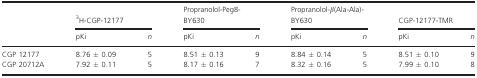
<table><thead><tr><td rowspan="2"></td><td colspan="2"><b><sup>3</sup>H‐CGP‐12177</b></td><td colspan="2"><b>Propranolol‐Peg8‐BY630</b></td><td colspan="2"><b>Propranolol‐<i>β</i>(Ala‐Ala)‐BY630</b></td><td colspan="2"><b>CGP‐12177‐TMR</b></td></tr><tr><td><b>pKi</b></td><td><b><i>n</i></b></td><td><b>pKi</b></td><td><b><i>n</i></b></td><td><b>pKi</b></td><td><b><i>n</i></b></td><td><b>pKi</b></td><td><b><i>n</i></b></td></tr></thead><tbody><tr><td>CGP 12177</td><td>8.76 ± 0.09</td><td>5</td><td>8.51 ± 0.13</td><td>9</td><td>8.84 ± 0.14</td><td>5</td><td>8.51 ± 0.10</td><td>9</td></tr><tr><td>CGP 20712A</td><td>7.92 ± 0.11</td><td>5</td><td>8.17 ± 0.16</td><td>7</td><td>8.32 ± 0.16</td><td>5</td><td>7.99 ± 0.10</td><td>8</td></tr></tbody></table>